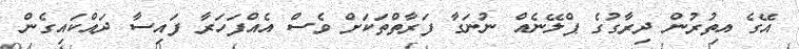
އޭގެ އިތުރުން ދިރާގުގެ ޕްލޭނެއް ނުނަގާ ފަރާތްތަކަށް ވެސް އެއްފަހަރާ ފައިސާ ދައްކައިގެން